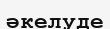
әкелуде